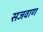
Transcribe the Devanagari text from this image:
सजवाण